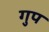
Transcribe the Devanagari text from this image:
गुप